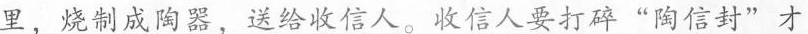
\underline{里，烧制成陶器，送给收信人}。收信人要打碎”陶信封'才